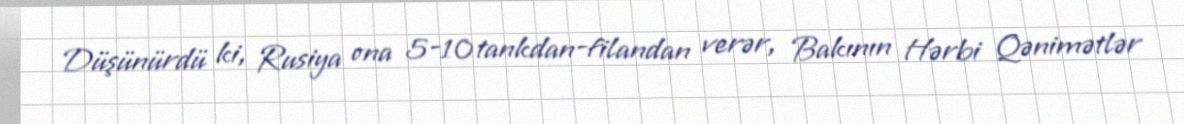
Düşünürdü ki, Rusiya ona 5-10 tankdan-filandan verər, Bakının Hərbi Qənimətlər